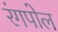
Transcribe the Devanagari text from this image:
रंगपोल